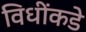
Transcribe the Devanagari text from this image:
विधींकडे